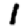
Digit: 1